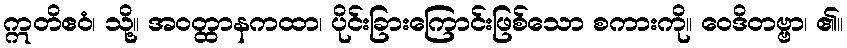
ဣတိဧဝံ၊ သို့။ အဝတ္ထာနကထာ၊ ပိုင်းခြားကြောင်းဖြစ်သော စကားကို။ ဝေဒိတဗ္ဗာ၊ ၏။